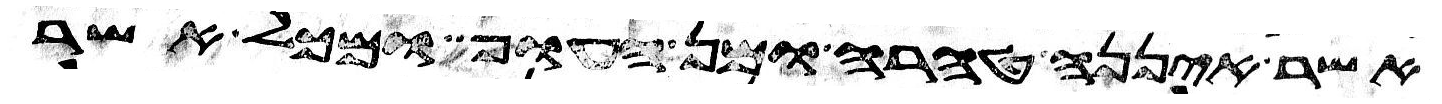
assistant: אשר איננה טהרה ומן העוף ומכל אשר